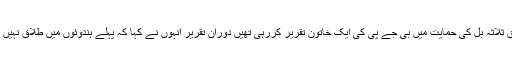
طلاق ثلاثہ بل کی حمایت میں بی جے پی کی ایک خاتون تقریر کررہی تھیں دورانِ تقریر انہوں نے کہا کہ پہلے ہندوئوں میں طلاق نہیں تھی۔